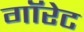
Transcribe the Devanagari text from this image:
गॉरेट